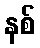
နစ်